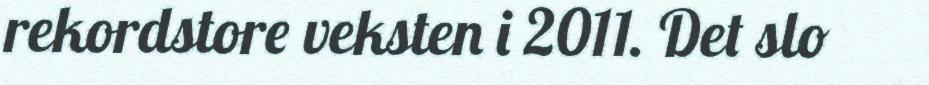
rekordstore veksten i 2011. Det slo